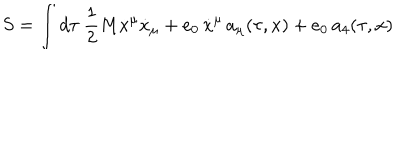
S = \int d \tau \ \frac 1 2 M \dot { x } ^ { \mu } \dot { x } _ { \mu } + e _ { 0 } \, \dot { x } ^ { \mu } \, a _ { \mu } ( \tau , x ) + e _ { 0 } \, a _ { 4 } ( \tau , x )